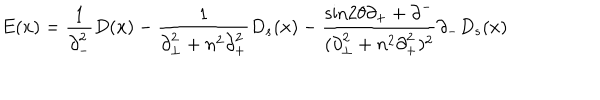
E ( x ) = \frac { 1 } { { \partial } _ { - } ^ { 2 } } D ( x ) - \frac { 1 } { { \partial } _ { \bot } ^ { 2 } + n ^ { 2 } { \partial } _ { + } ^ { 2 } } D _ { s } ( x ) - \frac { \mathrm { s i n } 2 { \theta } { \partial } _ { + } + { \partial } ^ { - } } { ( { \partial } _ { \bot } ^ { 2 } + n ^ { 2 } { \partial } _ { + } ^ { 2 } ) ^ { 2 } } { \partial } _ { - } D _ { s } ( x )